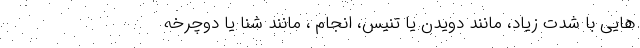
هایی با شدت زیاد، مانند دویدن یا تنیس، انجام ، مانند شنا یا دوچرخه